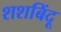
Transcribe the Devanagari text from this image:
शशबिंदू